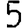
Digit: 5